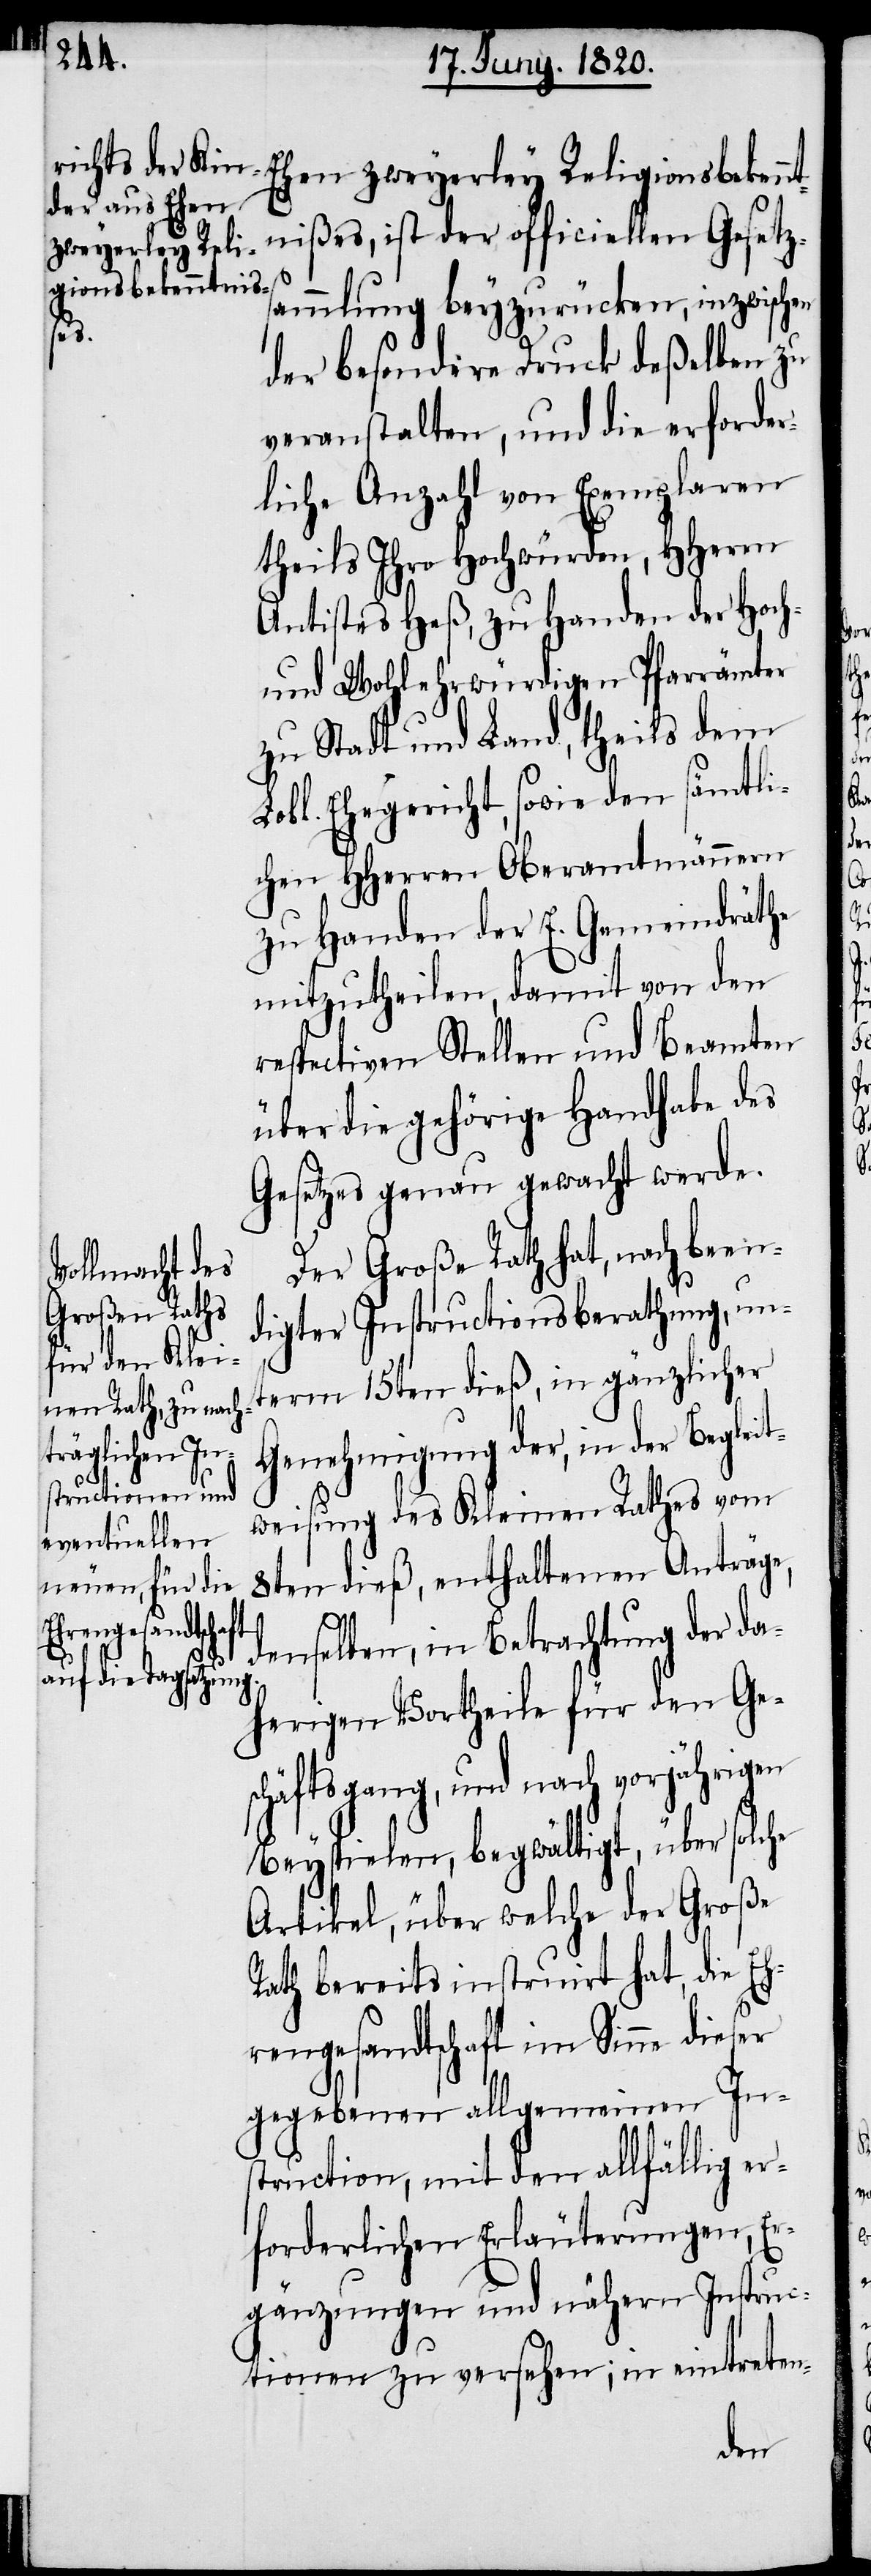
nißes, ist der officiellen Gesetz¬
zweyerley Reli¬
gionsbekennt¬
sammlung beyzurücken, inzwischen
der besondere Druck deßelben zu
veranstalten, und die erforder¬
liche Anzahl von Exemplaren
theils Ihre Hochwürden, HHerrn
Antistes Heß, zu Handen der Hoch-
und Wohlerwürdigen Pfarrämter
zu Stadt und Land, theils dem
Lobl. Ehegericht, sowie den sämtli¬
chen HHerren Oberamtmännern
zu Handen der E. Gemeindräthe
mitzutheilen, damit von den
respectiven Stellen und Beamten
über die gehörige Handhabe des
Gesetzes genau gewacht werde.
Der Große Rath hat, nach been¬
digter Instructionsberathung, un¬
term 15ten dieß, in gänzlicher
Genehmigung der, in der Beglei¬
tweisung des Kleinen Rathes vom
8ten dieß, enthaltenen Anträge,
demselben, in Betrachtung der da¬
herigen Vortheile für den Ge¬
schäftsgang, und nach vorjährigen
Beyspielen, begwältigt, über solche
Artikel, überwelche der Große
Rath bereits instruirt hat, die Eh¬
rengesandtschaft im Sinne dieser
gegebenen allgemeinen In¬
struction, mit den allfällig er¬
forderlichen Erläuterungen, Er¬
gänzungen und nähern Instruc¬
tionen zu versehen; in eintreten-